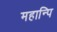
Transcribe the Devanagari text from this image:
महान्पि